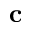
\mathbf { c }